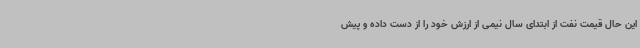
این حال قیمت نفت از ابتدای سال نیمی از ارزش خود را از دست داده و پیش